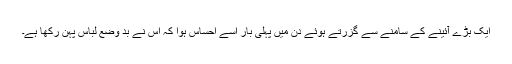
ایک بڑے آئینے کے سامنے سے گزرتے ہوئے دن میں پہلی بار اسے احساس ہوا کہ اس نے بد وضع لباس پہن رکھا ہے۔